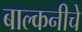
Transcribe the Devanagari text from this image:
बाल्कनीचे